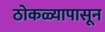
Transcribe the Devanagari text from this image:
ठोकळ्यापासून